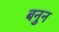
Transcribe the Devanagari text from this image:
बनुन